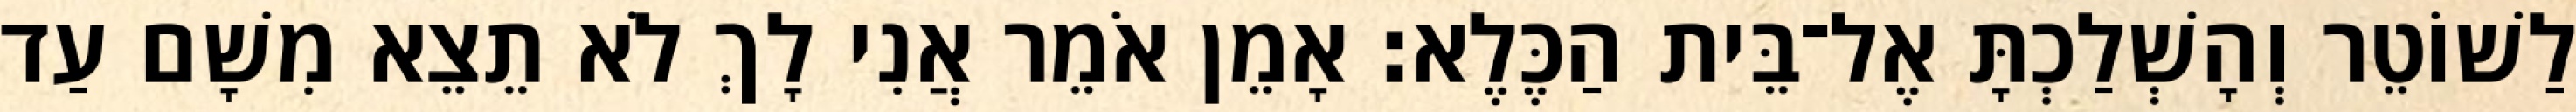
לַשׁוֹטֵר וְהָשְׁלַכְתָּ אֶל־בֵּית הַכֶּלֶא׃ אָמֵן אֹמֵר אֲנִי לָךְ לֹא תֵצֵא מִשָׁם עַד